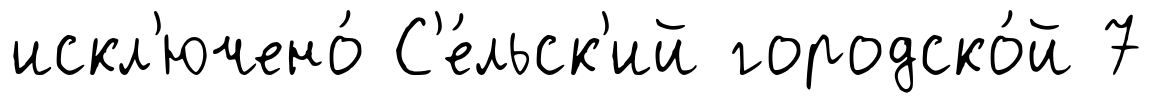
искл'ючено́ С'е́льск'ий городско́й 7